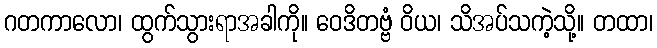
ဂတကာလော၊ ထွက်သွားရာအခါကို။ ဝေဒိတဗ္ဗံ ဝိယ၊ သိအပ်သကဲ့သို့။ တထာ၊